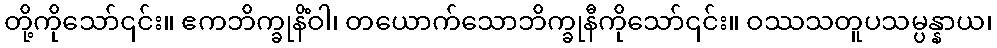
တို့ကိုသော်၎င်း။ ဧကဘိက္ခုနိံဝါ၊ တယောက်သောဘိက္ခုနီကိုသော်၎င်း။ ဝဿသတူပသမ္ပန္နာယ၊